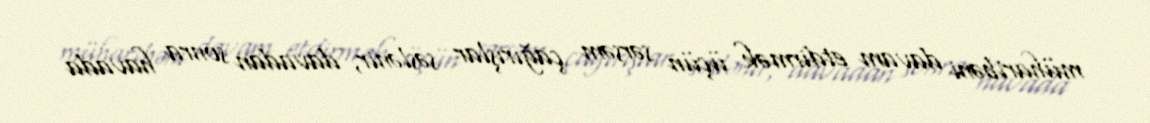
müharibəni davam etdirmək üçün sərsəm çağırışlar səslənir, davadan sonra havada